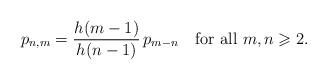
LaTeX: \begin{align*}p_{n,m} = \frac{h(m-1)}{h(n-1)} \,p_{m-n} \quad\mbox{for all $m,n \geqslant 2$.}\end{align*}